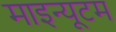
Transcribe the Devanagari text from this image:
माइन्यूटम